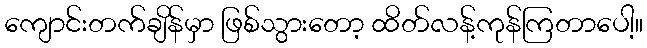
ကျောင်းတက်ချိန်မှာ ဖြစ်သွားတော့ ထိတ်လန့်ကုန်ကြတာပေါ့။